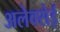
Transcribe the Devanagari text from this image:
अलेक्सेई